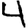
Digit: 4